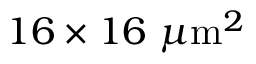
1 6 \times 1 6 ~ \mu \mathrm { m } ^ { 2 }